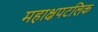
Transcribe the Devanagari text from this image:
महाक्षपटलिक